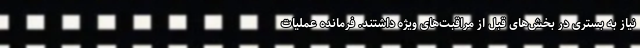
نیاز به بستری در بخش‌های قبل از مراقبت‌های ویژه داشتند. فرمانده عملیات